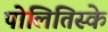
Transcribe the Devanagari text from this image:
पोलितिस्के